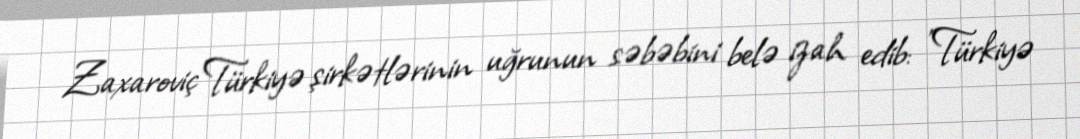
Zaxaroviç Türkiyə şirkətlərinin uğrunun səbəbini belə izah edib: "Türkiyə